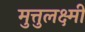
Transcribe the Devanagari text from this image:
मुत्तुलक्ष्मी